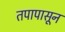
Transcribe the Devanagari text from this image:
तपापासून